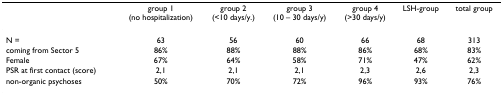
|  | group 1 (no hospitalization) | group 2 (<10 days/y.) | group 3 (10 – 30 days/y) | group 4 (>30 days/y) | LSH-group | total group |
 | --- | --- | --- | --- | --- | --- | --- |
 | N = | 63 | 56 | 60 | 66 | 68 | 313 |
 | coming from Sector 5 | 86% | 88% | 88% | 86% | 68% | 83% |
 | Female | 67% | 64% | 58% | 71% | 47% | 62% |
 | PSR at first contact (score) | 2,1 | 2,1 | 2,1 | 2,3 | 2,6 | 2,3 |
 | non-organic psychoses | 50% | 70% | 72% | 96% | 93% | 76% |